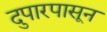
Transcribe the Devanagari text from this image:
दुपारपासून